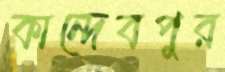
কান্দেবপুর